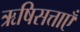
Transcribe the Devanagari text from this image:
ऋषिसत्ताएँ